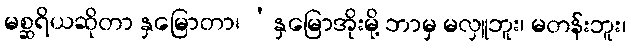
မစ္ဆရိယဆိုတာ နှမြောတာ၊ ‘နှမြောအိုးမို့ ဘာမှ မလှူဘူး၊ မတန်းဘူး၊